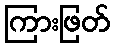
ကြားဖြတ်